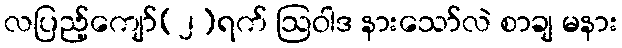
လပြည့်ကျော်(၂)ရက် ဩဝါဒ နားသော်လဲ စာချ မနား